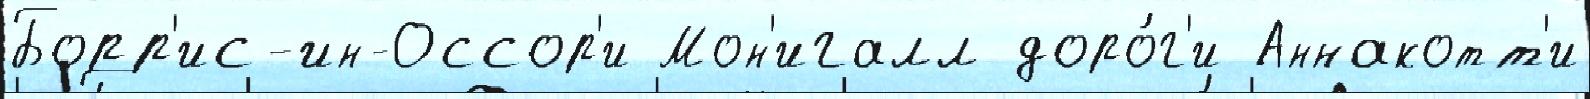
Борр'ис-ин-Оссор'и Мон'игалл доро́г'и Аннакотт'и